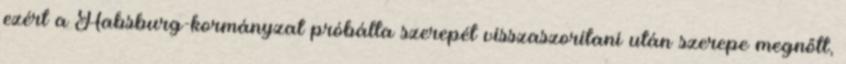
ezért a Habsburg-kormányzat próbálta szerepét visszaszorítani után szerepe megnőtt,